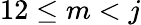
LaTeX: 12\leq m<j